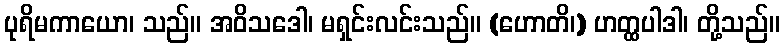
ပုရိမကာယော၊ သည်။ အဝိသဒေါ၊ မရှင်းလင်းသည်။ (ဟောတိ၊) ဟတ္ထပါဒါ၊ တို့သည်။